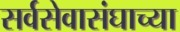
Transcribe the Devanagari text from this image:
सर्वसेवासंघाच्या